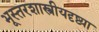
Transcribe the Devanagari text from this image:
भूस्तरशास्त्रीयदृष्ट्या